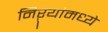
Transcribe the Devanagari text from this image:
निऱ्यांमध्ये